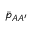
\bar { p } _ { A A ^ { \prime } }